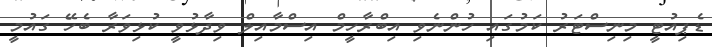
ޑެޕިއުޓީ މިނިސްޓަރު ކަމުގައި ހުންނެވި އިބްރާހީމް އިސްމާއިލް ވިދާޅުވީ ކުޅިވަރާ ބެހޭ ގައުމީ